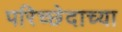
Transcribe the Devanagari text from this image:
परिच्छेदाच्या